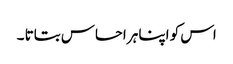
اس کو اپنا ہر احساس بتاتا ۔